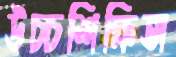
উচ্চশিক্ষিতা